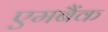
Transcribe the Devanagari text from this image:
एमबैंक